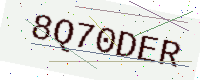
Text: 8Q70DER